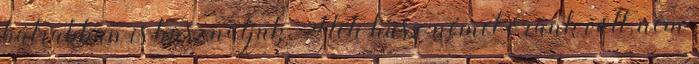
bátrabban is használjuk. Heti húsz német óránk volt, nem